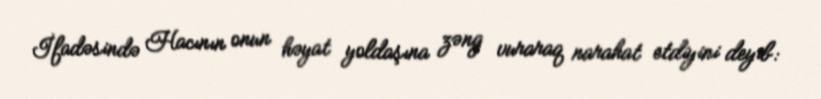
İfadəsində Hacının onun həyat yoldaşına zəng vuraraq narahat etdiyini deyib: